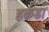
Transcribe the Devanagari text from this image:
हकडा